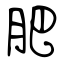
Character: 肥